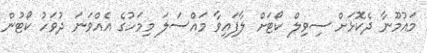
މައުމޫނާ ދެކޮޅަށް ސިވިލް ކޯޓަށް ލާފައިވާ މައްސަލަ މިމަހުގެ އެއްވަނަ ދުވަހު ކޯޓުން